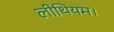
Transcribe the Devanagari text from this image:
लीथियम।